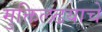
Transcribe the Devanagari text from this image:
मुक्तिलढयाचे